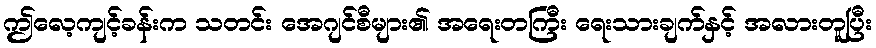
ဤလေ့ကျင့်ခန်းက သတင်း အေဂျင်စီများ၏ အရေးတကြီး ရေးသားချက်နှင့် အလားတူပြီး